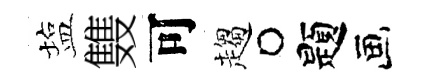
塩䨇可趨题